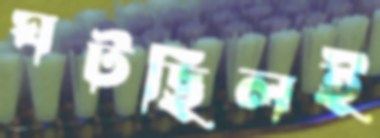
ঘটছিলই